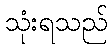
သုံးရသည်